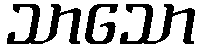
သာသော